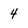
Character: 4